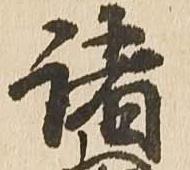
諸